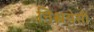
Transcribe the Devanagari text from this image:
निश्चयेसी